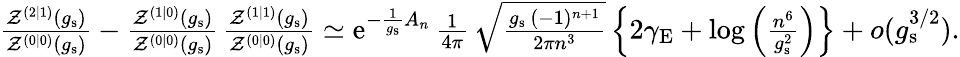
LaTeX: \begin{array}{r}{\frac{\mathcal{Z}^{(2|1)}(g_{\mathrm{s}})}{\mathcal{Z}^{(0|0)}(g_{\mathrm{s}})}-\frac{\mathcal{Z}^{(1|0)}(g_{\mathrm{s}})}{\mathcal{Z}^{(0|0)}(g_{\mathrm{s}})}\, \frac{\mathcal{Z}^{(1|1)}(g_{\mathrm{s}})}{\mathcal{Z}^{(0|0)}(g_{\mathrm{s}})}\simeq{\mathrm{e}}^{-\frac{1}{g_{\mathrm{s}}}A_{n}}\, \frac{1}{4\pi}\, \sqrt{\frac{g_{\mathrm{s}}\, (-1)^{n+1}}{2\pi n^{3}}}\left\{ 2\gamma_{\mathrm{E}}+\log\left(\frac{n^{6}}{g_{\mathrm{s}}^{2}}\right)\right\} +o(g_{\mathrm{s}}^{3/2}).}\end{array}